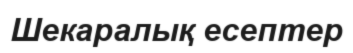
Шекаралық есептер